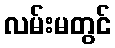
လမ်းမတွင်